Burma Government Medical School reports 1907-22
Year: 1907
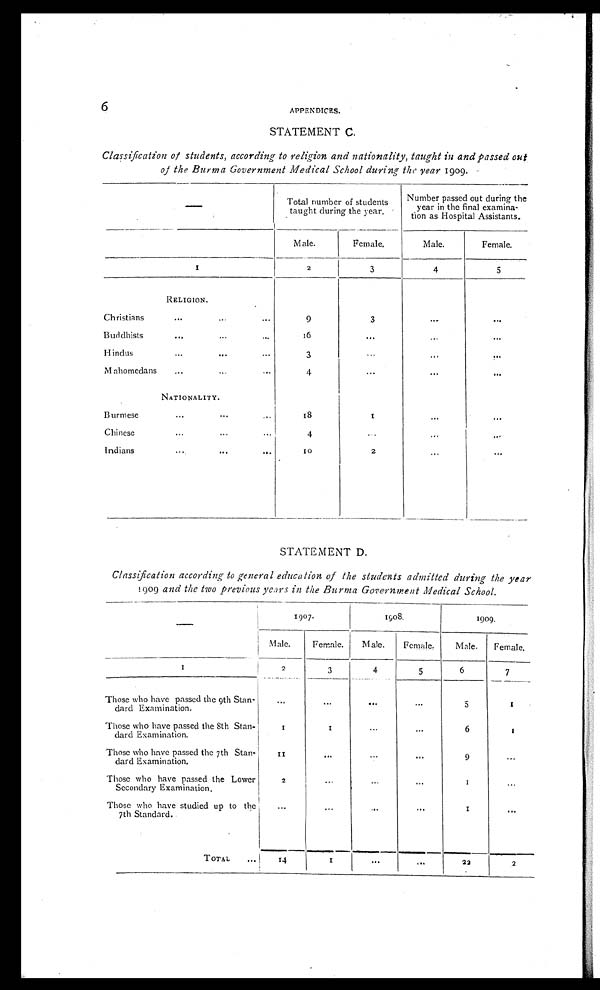
6
APPENDICES.
STATEMENT C.
Classification of students, according to religion and nationality, taught in and passed out
of the Burma Government Medical School during the year 1909.
Total number of students
taught during the year.
Number passed out during the
year in the final examina-
tion as Hospital Assistants.
Male.
Female.
Male.
Female.
1
2
3
4
5
RELIGION.
Christian
...
...
...
9
3
. . .
. . .
Buddhists
. . .
...
. . .
16
. . .
. . .
. . .
Hindus
. . .
. . .
. . .
3
. . .
. . .
. . .
Mahomedans
...
...
. . . .
4
. . .
. . .
. . .
NATIONALITY.
Burmese
...
...
. . .
18
1
...
. . .
C hinese
. . .
. . .
. . .
4
. . .
...
. . .
Indians
...
. . .
. . .
1 0
2
. . .
. . .
STATEMENT D.
Classification according to general education of the students admitted during the year
1909
and the two previous years in the Burma Government Medical School.
1907.
1908.
1909.
Male.
Female.
Male.
Female.
Male.
Female.
1
2
3
4
5
6
7
Those who have passed the 9th Stan-
dard Examination.
...
...
. . .
. . .
5
1
Those who have passed the 8th Stan-
dard Examination.
1
1
...
...
6
1
Those who have passed the 7th Stan-
dard Examination.
1 1
. . .
...
. . .
9
. . .
Those who have passed the Lower
Secondary Examination.
2
. . .
. . .
. . .
1
. . .
Those who have studied up to the
7th Standard.
. . .
. . .
. . .
. . .
1
. . .
TOTAL
. . .
14
1
. . .
. . .
2 2
2